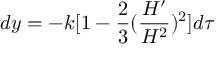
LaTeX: d y = - k [ 1 - \frac { 2 } { 3 } ( \frac { H ^ { \prime } } { H ^ { 2 } } ) ^ { 2 } ] d \tau